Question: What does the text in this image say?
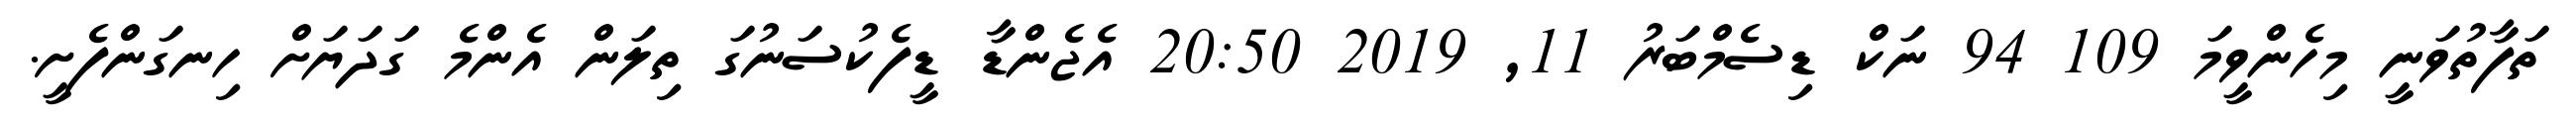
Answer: ތަފާތުވަނީ މިހެންވީމަ 109 94 ނަކް ޑިސެމްބަރު 11, 2019 20:50 އެޖެންޑާ ޑީފެކުސަނުގަ ތިލަން އެންމެ ގަދަޔަށް ހިނގަންފެށީ.